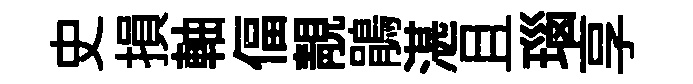
史損軸偪靚鵑湛且瑙享